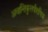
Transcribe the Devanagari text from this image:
अवान्तिकुलपौराणिक